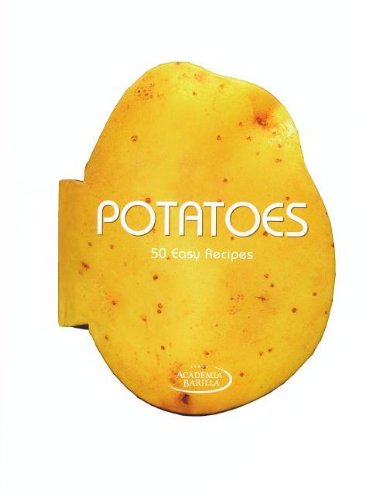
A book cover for Potatoes: 50 Easy Recipes; Academia Barilla; Cookbooks, Food & Wine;